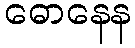
ဓောနေန